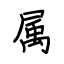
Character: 属